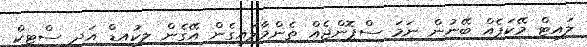
ލައިޓް މޭކަޕެއް ބޭނުން ނަމަ ސްޕޮންޖެއް ތެންމާލައިގެން އޭގެން ލިކުއިޑް އަދި ސްޓިކް